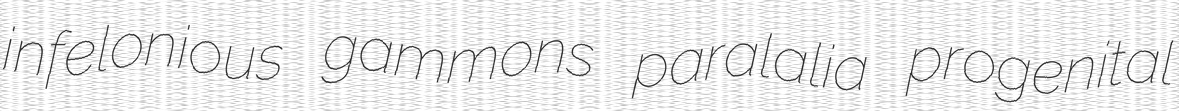
infelonious gammons paralalia progenital